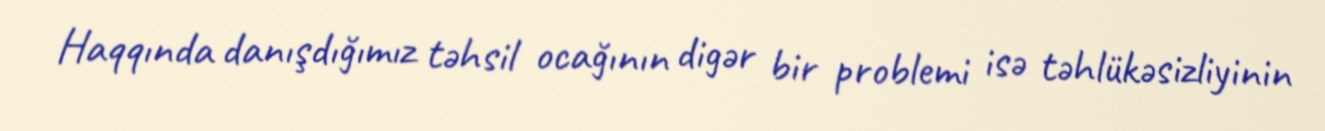
Haqqında danışdığımız təhsil ocağının digər bir problemi isə təhlükəsizliyinin